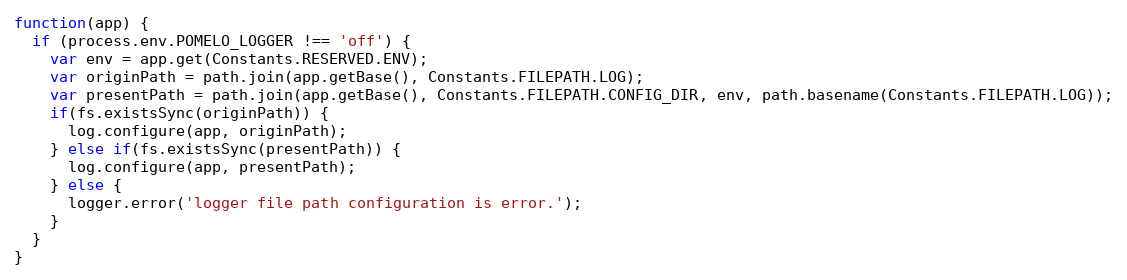
Language: JavaScript
function(app) {
  if (process.env.POMELO_LOGGER !== 'off') {
    var env = app.get(Constants.RESERVED.ENV);
    var originPath = path.join(app.getBase(), Constants.FILEPATH.LOG);
    var presentPath = path.join(app.getBase(), Constants.FILEPATH.CONFIG_DIR, env, path.basename(Constants.FILEPATH.LOG));
    if(fs.existsSync(originPath)) {
      log.configure(app, originPath);
    } else if(fs.existsSync(presentPath)) {
      log.configure(app, presentPath);
    } else {
      logger.error('logger file path configuration is error.');
    }
  }
}